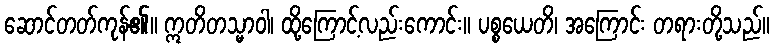
ဆောင်တတ်ကုန်၏။ ဣတိတသ္မာဝါ၊ ထို့ကြောင့်လည်းကောင်း။ ပစ္စယေတိ၊ အကြောင်း တရားတို့သည်။